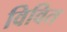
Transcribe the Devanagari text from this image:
विवित